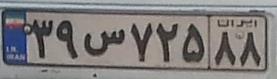
۳۹س۷۲۵۸۸